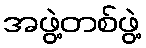
အဖွဲ့တစ်ဖွဲ့